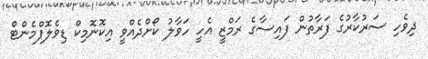
ދިވެހި ސަރުކާރުގެ ފަރާތުން ފައިސާގެ ރަމްޒީ އެހީ ހަވާލު ކޯށްދެއްވީ އިކޮނޮމިކް ޑިވެލޮޕްމެންޓް